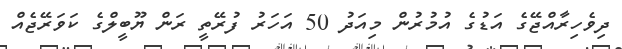
ދިވެހިރާއްޖޭގެ އަޑުގެ އުމުރުން މިއަދު 50 އަހަރު ފުރޭތީ ރަން ޔޫބީލްގެ ކަވަރޭޖެއް